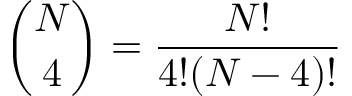
{ \binom { N } { 4 } } = \frac { N ! } { 4 ! ( N - 4 ) ! }